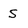
Character: S